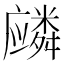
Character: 𱝏